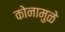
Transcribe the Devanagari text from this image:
कोनामुळे